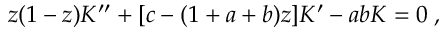
z ( 1 - z ) K ^ { \prime \prime } + [ c - ( 1 + a + b ) z ] K ^ { \prime } - a b K = 0 \; ,